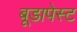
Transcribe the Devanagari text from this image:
बूडापेस्ट